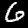
Label: 6